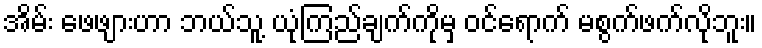
အိမ်း ဖေဖျားဟာ ဘယ်သူ့ ယုံကြည်ချက်ကိုမှ ဝင်ရောက် မစွက်ဖက်လိုဘူး။